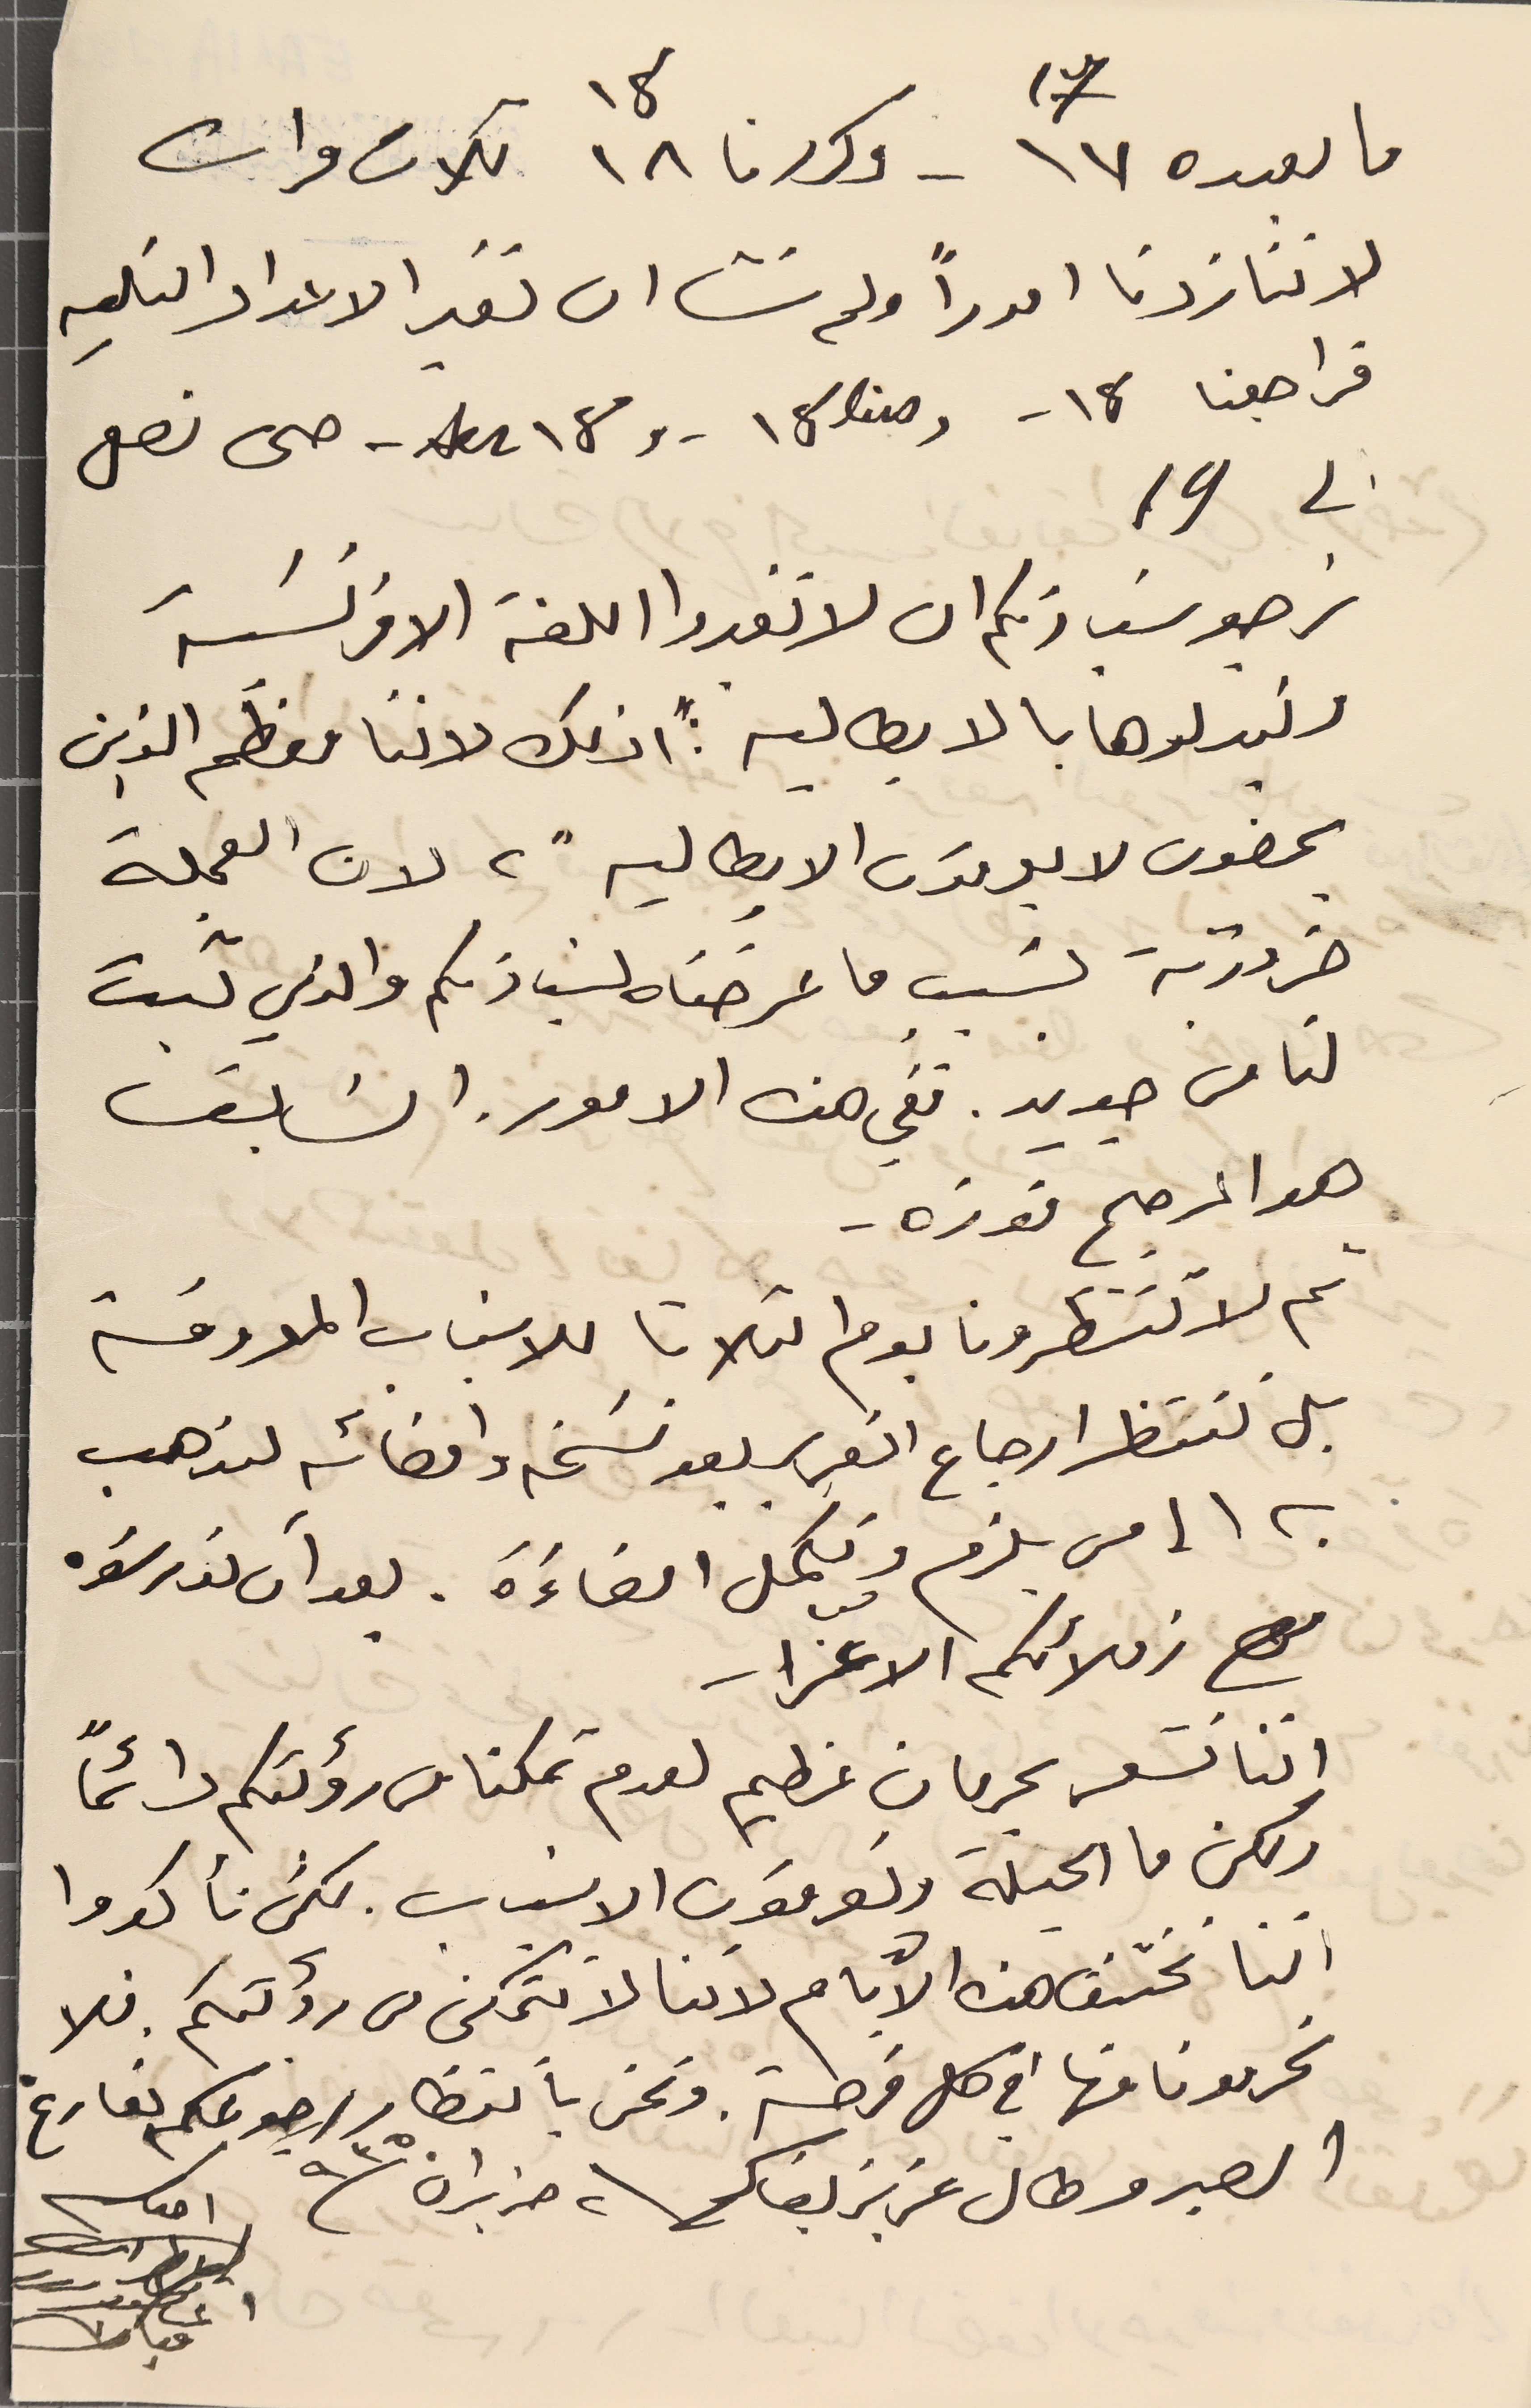
ما بعده ١٧ 17 - وكررنا ١٨ 18 تلات مرات
لاننا زدنا اموراً ولم نشا ان نغير الاعداد التاليه
 فراجعنا 18 - و 18 bis -  و 18 tes - حىى نصل
الى 19
نرجو سَيادتكم ان لا تغيروا اللغة الافرنسَية
وتبدلوها بالايطاليه: "اذلك لاننا معظَم الذين
يمضون لا يعرفون الايطالية"، لان العجلة
ضرورية بسَبب ما عرضناه لسَيادتكم والذي ثبت
لنا من جديد. ففي هذه الامور. السَابق
هو المرجح فوزه -
ثم لا تنظرونا يوم الثلاثا للاسَباب المعروفة
بل ننتظر ارجاع التقرير بعد نسَخة وامضائه لنذهب
به الى من يلزم ونكمل امضاءَه . بعد آن تدرسَوه
مع زملائكم الاعزاء
اننا نشعر بحرمان عظيم لعدم تمكنا من رؤىتكم دائمًا
ولكن ما الحيلة وتعرفون الاسباب. لكن تأكدوا
اننا نختنق هذه الأيام لاننا لا نتمكن من رؤيتكم. فلا
تحرمونا منها في كل فرصة ونحن باننظار رجوعكم بفارغ
الصبر وطال عزيز بقاكم  ٢ حزيران / ٩٣٥
احوكم
المطران
اغناطيوس
مبارك